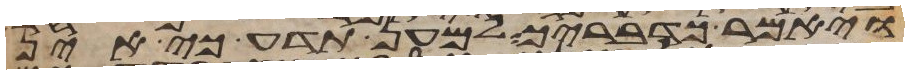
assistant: ויאמר כדבריך למען תדע כי אין